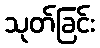
သုတ်ခြင်း